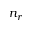
n _ { r }